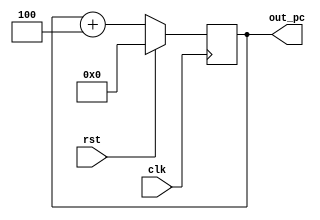
/**
 * This is written by Zhiyang Ong
 * and Andrew Mattheisen
 * for EE577b Troy WideWord Processor Project
 */

/**
 * Reference:
 * Nestoras Tzartzanis, EE 577B Verilog Example, Jan 25, 1996
 * http://www-scf.usc.edu/~ee577/tutorial/verilog/counter.v
 */


// Behavioral model for the 32-bit program counter
module prog_counter2 (out_pc,rst,clk);

	// Output signals...
	// Incremented value of the program counter
	output [0:31] out_pc;
	
	
	
	
	// ===============================================================
	// Input signals
	// Clock signal for the program counter
	input clk;
	// Reset signal for the program counter
	input rst;
	/**
	 * May also include: branch_offset[n:0], is_branch
	 * Size of branch offset is specified in the Instruction Set
	 * Architecture
	 */
	
	
	
	
	
	// ===============================================================
	// Declare "wire" signals:
	//wire FSM_OUTPUT;
	



	
	// ===============================================================
	// Declare "reg" signals: 
	reg [0:31] out_pc;		// Output signals
	
	
	
	// ===============================================================
	
	always @(posedge clk)
	begin
		// If the reset signal sis set to HIGH
		if(rst==1)
		begin
			// Set its value to ZERO
			out_pc<=32'd0;
		end
		else
		begin
			out_pc<=out_pc+32'd4;
		end
	end
	
	
	
	
endmodule